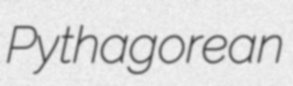
Pythagorean